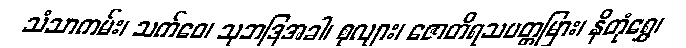
သံသာကမ်း၊ သက်ဝေ၊ သုဘဒြအခါ၊ စုလျား၊ ဇောတိရသပတ္တမြား၊ နိတုံရွှေ၊